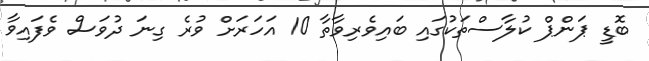
ބޮޑީ ޕަންޕް ކުލާސްތަކުގައި ބައިވެރިވާތާ 10 އަހަރަށް ވުރެ ގިނަ ދުވަސް ވެފައިވާ